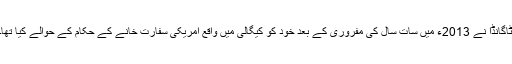
ٹاگانڈا نے 2013ء میں سات سال کی مفروری کے بعد خود کو کیگالی میں واقع امریکی سفارت خانے کے حکام کے حوالے کیا تھا۔